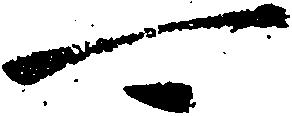
可